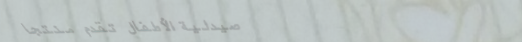
صيدلية الأطفال تقدم منتجا